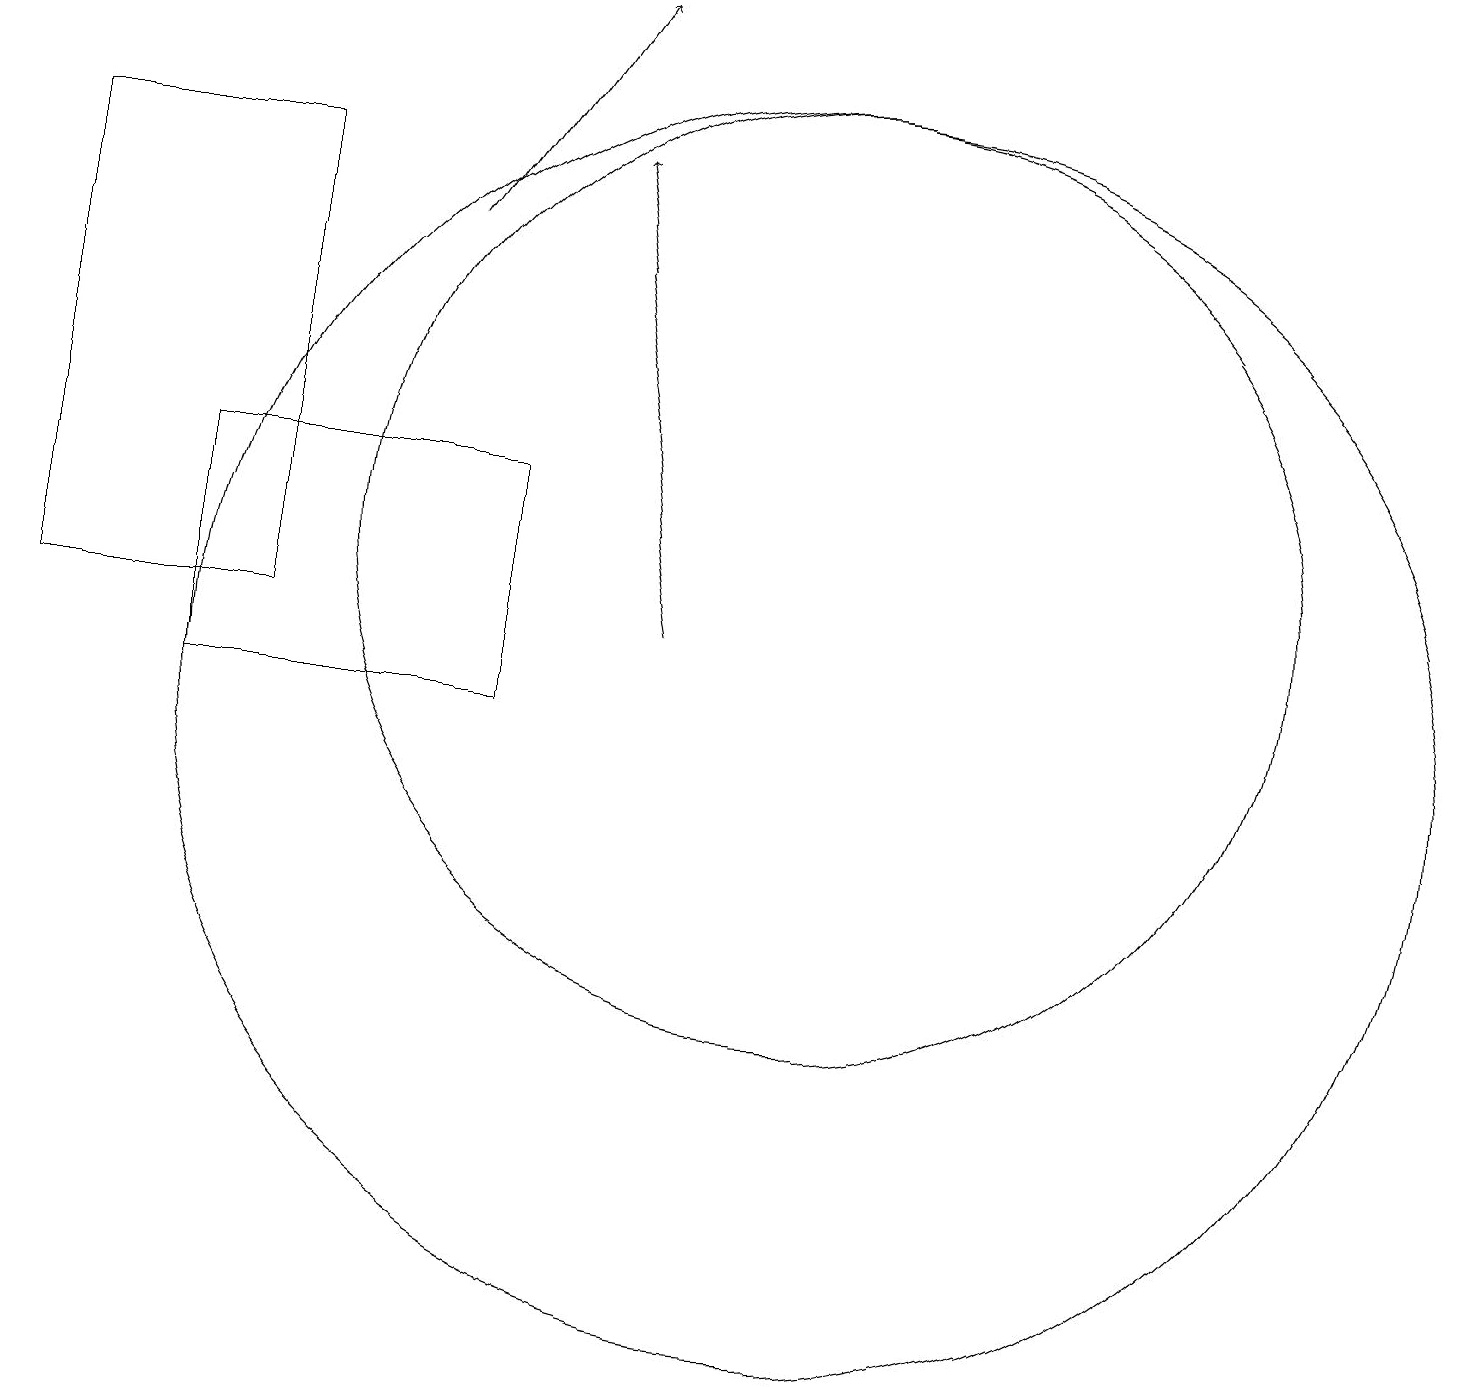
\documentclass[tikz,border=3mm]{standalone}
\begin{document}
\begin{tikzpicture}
\draw (11,10) circle (8);
\draw (7,10) rectangle (3,13);
\draw (4,17) rectangle (1,11);
\draw[->] (6,16) -- (8,19);
\draw (11,12) circle (6);
\draw[->] (9,11) -- (8,17);
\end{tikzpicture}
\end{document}